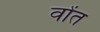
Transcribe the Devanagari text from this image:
वोंत